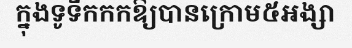
ក្នុងទូទឹកកកឱ្យបានក្រោម៥អង្សា